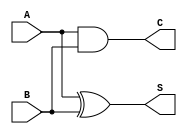
module current_mode_half_adder (
    input wire A, // Input representing the first binary digit (current)
    input wire B, // Input representing the second binary digit (current)
    output wire S, // Output representing the sum (current)
    output wire C  // Output representing the carry (current)
);

// Combinational logic to compute the Sum (S) and Carry (C)
assign S = A ^ B; // Sum is A XOR B
assign C = A & B; // Carry is A AND B

endmodule